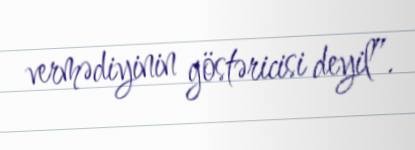
vermədiyinin göstəricisi deyil”.